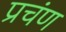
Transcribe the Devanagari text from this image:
प्रचंण